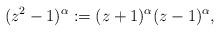
LaTeX: \begin{align*}(z^2-1)^\alpha:=(z+1)^\alpha(z-1)^\alpha,\end{align*}